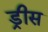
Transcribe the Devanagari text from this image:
ड्रीस